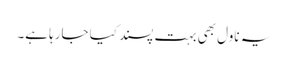
یہ ناول بھی بہت پسند کیا جارہا ہے۔